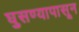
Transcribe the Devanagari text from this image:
घुसण्यापासून